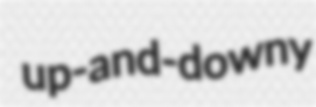
up-and-downy